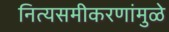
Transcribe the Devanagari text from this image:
नित्यसमीकरणांमुळे